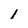
Character: 1